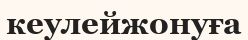
кеулейжонуға